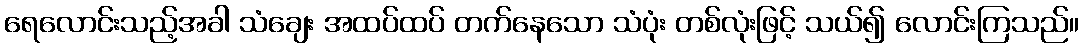
ရေလောင်းသည့်အခါ သံချေး အထပ်ထပ် တက်နေသော သံပုံး တစ်လုံးဖြင့် သယ်၍ လောင်းကြသည်။